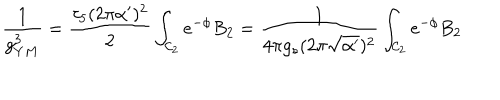
LaTeX: \frac { 1 } { g _ { Y M } ^ { 3 } } = \frac { \tau _ { 5 } ( 2 \pi \alpha ^ { \prime } ) ^ { 2 } } { 2 } \int _ { { \cal { C } } _ { 2 } } { e } ^ { - \phi } B _ { 2 } = \frac { 1 } { 4 \pi g _ { s } ( 2 \pi \sqrt { \alpha ^ { \prime } } ) ^ { 2 } } \int _ { { \cal { C } } _ { 2 } } { e } ^ { - \phi } B _ { 2 }